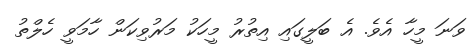
ވަނަ މީހާ އެވެ. އެ ބަލީގައި އިތުރު މީހަކު މަރުވިކަން ހާމަވީ ހެލްތު